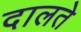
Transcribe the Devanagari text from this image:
दालते